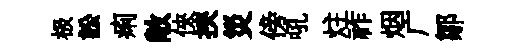
极訟痢敞俠挾災傍吼炷祚烟广鄒